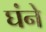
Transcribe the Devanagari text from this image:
घंने